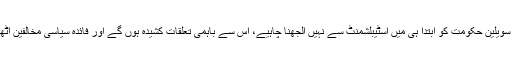
اول یہ کہ سویلین حکومت کو ابتدا ہی میں اسٹیبلشمنٹ سے نہیں الجھنا چاہیے، اس سے باہمی تعلقات کشیدہ ہوں گے اور فائدہ سیاسی مخالفین اٹھائیں گے ۔